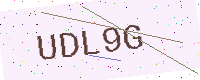
Text: UDL9G